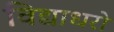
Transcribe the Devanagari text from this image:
विद्याधरो